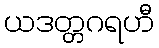
ယဒတ္တဂရဟီ